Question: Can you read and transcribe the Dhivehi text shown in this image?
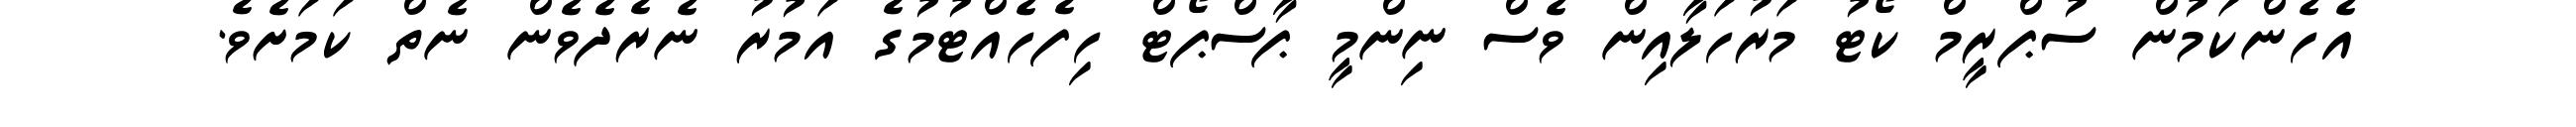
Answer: އެހެންކަމުން ސުޕްރީމް ކޯޓު މަރުހަލާއިން ވެސް ނިންމީ ޕާސްޕޯޓް ހިފެހެއްޓުމުގެ އަމުރު ނެރެދެވެން ނެތް ކަމަށެވެ.